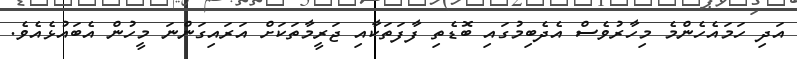
އަދި ހަމައެހެންމެ މިހާރުވެސް އެދެބިމުގައި ބޮޑެތި ފާފަތަކާއި ޖަރީމާތަކަށް އަރައިގަންނަ މީހުން އެބައުޅެއެވެ.